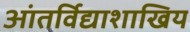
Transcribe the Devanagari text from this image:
आंतर्विद्याशाखिय